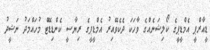
ޑީއާރްޕީ އެމްޑީޕީގެ ކޯލިޝަނެއްގެ ވާހަކަ ދެކެވޭއިރު އެމްޑީޕީގެ ރިޔާސީ ކެންޑިޑޭޓް މުހައްމަދު ނަޝީދު